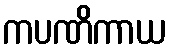
ကပဏိကာယ